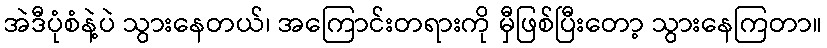
အဲဒီပုံစံနဲ့ပဲ သွားနေတယ်၊ အကြောင်းတရားကို မှီဖြစ်ပြီးတော့ သွားနေကြတာ။